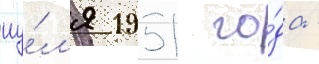
иу́л'я 1951 го́да -